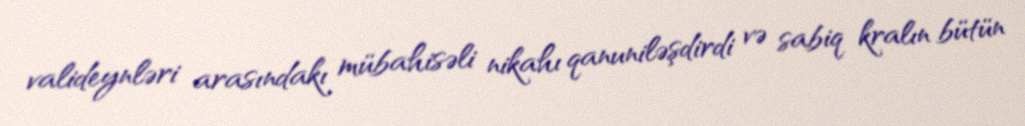
valideynləri arasındakı mübahisəli nikahı qanuniləşdirdi və sabiq kralın bütün